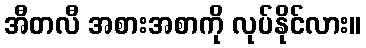
အီတလီ အစားအစာကို လုပ်နိုင်လား။